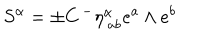
S ^ { \alpha } = \pm C \, { } ^ { - } \eta _ { \ a b } ^ { \alpha } e ^ { a } \wedge e ^ { b } \label S